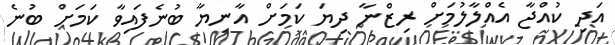
އަދި ކުއްޖާ އެއްލާލުމަށް ރިޒްނާ ދިޔަ ކަމަށް އާނިޔާ ބުނެފައިވާ ކަމަށް ބުނެ